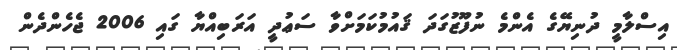
އިސްލާމީ ދުނިޔޭގެ އެންމެ ނުފޫޒުގަދަ ޤައުމުކަމަށްވާ ސަޢުދީ އަރަބިއްޔާ ގައި 2006 ޖެހެންދެން